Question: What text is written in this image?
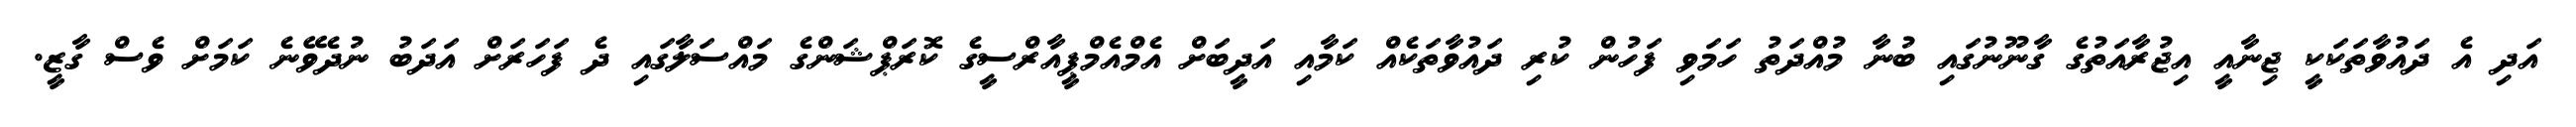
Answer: އަދި އެ ދައުވާތަކަކީ ޖިނާއީ އިޖުރާއަތުގެ ގާނޫނުގައި ބުނާ މުއްދަތު ހަމަވި ފަހުން ކުރި ދައުވާތަކެއް ކަމާއި އަދީބަށް އެމްއެމްޕީއާރްސީގެ ކޮރަޕްޝަންގެ މައްސަލާގައި ދެ ފަހަރަށް އަދަބު ނުދެވޭނެ ކަމަށް ވެސް ގާޒީ.